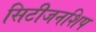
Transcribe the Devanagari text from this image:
सिटीजनशिप